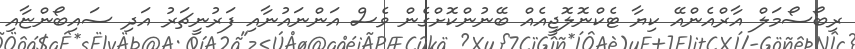
ރިބޯސޯމަލް އާރްއެންއޭ ކިޔާ ޓެކްނޮލޮޖީއެއް ބޭނުންކޮށްގެން ވެސް އަންނައުނާއި ފަރުނީޗަރު އަދި ސައިބޯންޏާއި